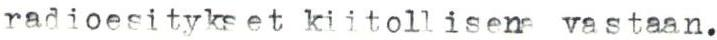
radioesitykset kiitollisena vastaan.